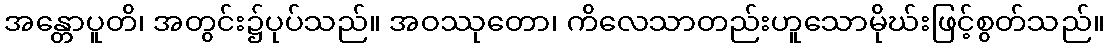
အန္တောပူတိ၊ အတွင်း၌ပုပ်သည်။ အဝဿုတော၊ ကိလေသာတည်းဟူသောမိုဃ်းဖြင့်စွတ်သည်။